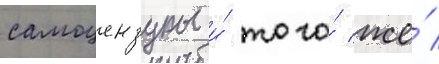
самоцензуры и́ того́ же́